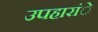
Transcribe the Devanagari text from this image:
उपहारांे